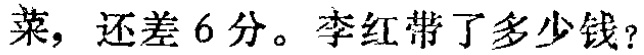
菜，还差 6 分。李红带了多少钱？